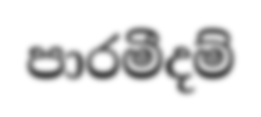
පාරමීදම්